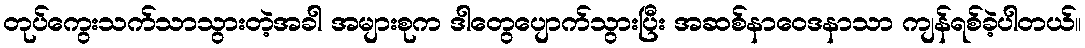
တုပ်ကွေးသက်သာသွားတဲ့အခါ အများစုက ဒါတွေပျောက်သွားပြီး အဆစ်နာဝေဒနာသာ ကျန်ရစ်ခဲ့ပါတယ်။